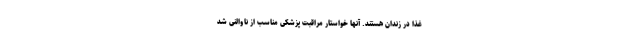
غذا در زندان هستند. آنها خواستار مراقبت پزشکی مناسب از ناوالنی شد